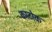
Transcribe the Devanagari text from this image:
काटोक